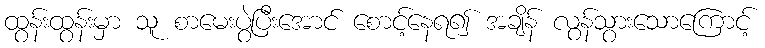
ထွန်းထွန်းမှာ သူ စာမေးပွဲပြီးအောင် စောင့်နေရ၍ အချိန် လွန်သွားသောကြောင့်